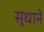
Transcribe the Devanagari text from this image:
सुधाने